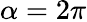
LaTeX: \alpha=2\pi